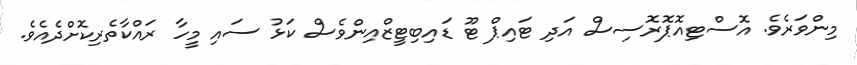
މިންވަރެވެ. އޮސްޓިއޮޕޮރޮސިސް އަދި ޓައިޕް ޓޫ ޑައިބިޓީޒްއިންވެސް ކަޅު ސައި މީހާ ރައްކާތެރިކޮށްދެއެވެ.